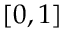
[ 0 , 1 ]